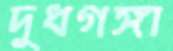
দুধগঙ্গা